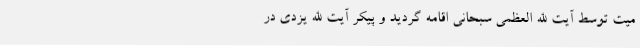
میت توسط آیت الله العظمی سبحانی اقامه گردید و پیکر آیت الله یزدی در